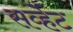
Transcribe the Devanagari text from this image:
सर्व्हेट